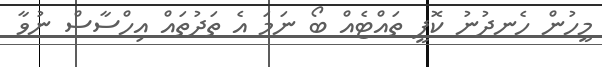
މީހުން ހެނދުނު ކޮފީ ތައްޓެއް ބޯ ނަމަ އެ ތަދުތައް އިހްސާސް ނުވާ